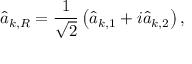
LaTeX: { \hat { a } } _ { { \boldsymbol { k } } , R } = { \frac { 1 } { \sqrt { 2 } } } \left( { \hat { a } } _ { { \boldsymbol { k } } , 1 } + i { \hat { a } } _ { { \boldsymbol { k } } , 2 } \right) ,